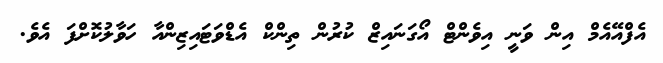
އެފްއޭއެމް އިން ވަނީ އިވެންޓް އޯގަނައިޒް ކުރުން ތިންކް އެޑްވަޓައިޒިންއާ ހަވާލުކޮށްފަ އެވެ.